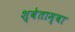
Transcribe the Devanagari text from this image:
श्वेताम्बा